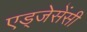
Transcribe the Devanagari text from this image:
एड्जेसेंसी